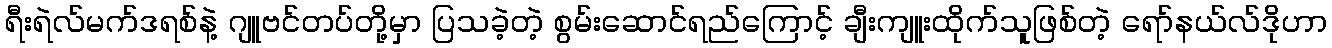
ရီးရဲလ်မက်ဒရစ်နဲ့ ဂျူဗင်တပ်တို့မှာ ပြသခဲ့တဲ့ စွမ်းဆောင်ရည်ကြောင့် ချီးကျူးထိုက်သူဖြစ်တဲ့ ရော်နယ်လ်ဒိုဟာ